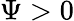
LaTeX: \Psi>0